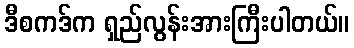
ဒီစကဒ်က ရှည်လွန်းအားကြီးပါတယ်။